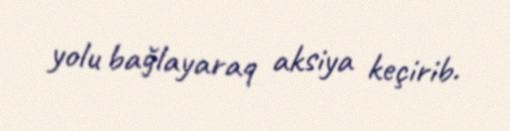
yolu bağlayaraq aksiya keçirib.